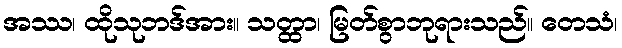
အဿ၊ ထိုသုဘဒ်အား။ သတ္ထာ၊ မြတ်စွာဘုရားသည်။ တေသံ၊